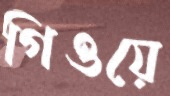
গিওয়ে